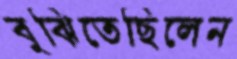
বুঝিতেছিলেন